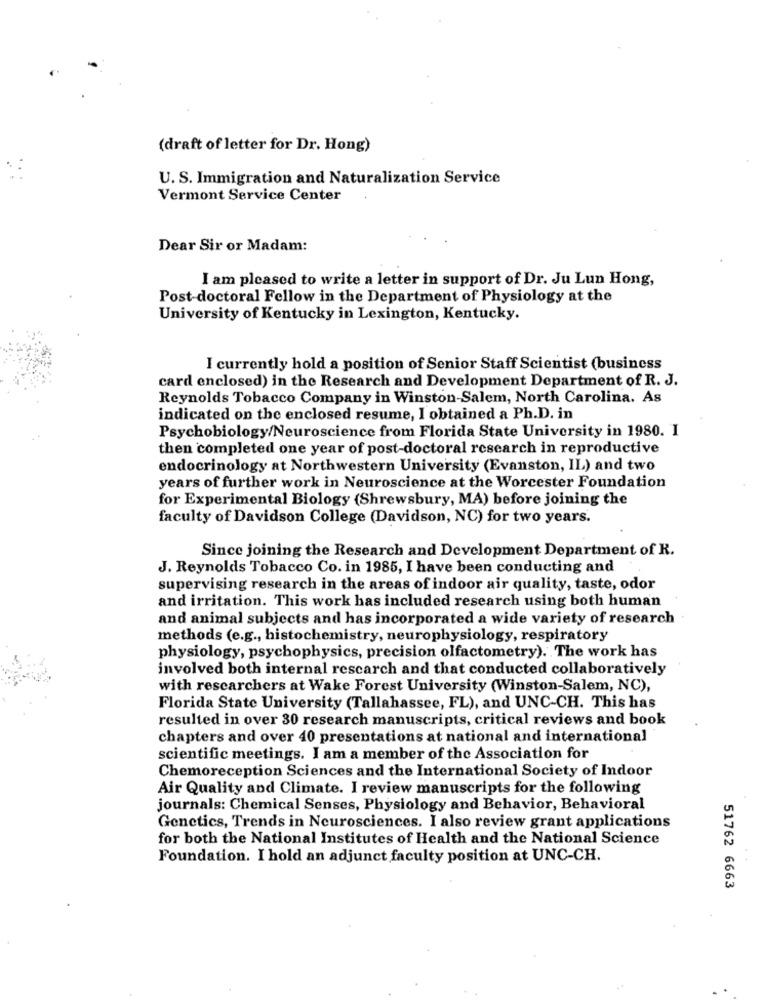
(draft of letter for Dr. Hong)
U. S. Immigration and Naturalization Service
Vermont Service Center
Dear Sir or Madam:
I am pleased to write a letter in support of Dr. Ju Lun Hong,
Post-doctoral Fellow in the Department of Physiology at the
University of Kentucky in Lexington, Kentucky.
I currently hold a position of Senior Staff Scientist (business
card enclosed) in the Research and Development Department of R. J.
Reynolds Tobacco Company in Winston-Salem, North Carolina. As
indicated on the enclosed resume, I obtained a Ph.D. in
Psychobiology/Neuroscience from Florida State University in 1980. I
then completed one year of post-doctoral research in reproductive
endocrinology at Northwestern University (Evanston, IL) and two
years of further work in Neuroscience at the Worcester Foundation
for Experimental Biology (Shrewsbury, MA) before joining the
faculty of Davidson College (Davidson, NC) for two years.
Since joining the Research and Development Department of R.
J. Reynolds Tobacco Co. in 1985, I have been conducting and
supervising research in the areas of indoor air quality, taste, odor
and irritation. This work has included research using both human
and animal subjects and has incorporated a wide variety of research
methods (e.g ., histochemistry, neurophysiology, respiratory
physiology, psychophysics, precision olfactometry). The work has
involved both internal research and that conducted collaboratively
with researchers at Wake Forest University (Winston-Salem, NC),
Florida State University (Tallahassee, FL), and UNC-CH. This has
resulted in over 30 research manuscripts, critical reviews and book
chapters and over 40 presentations at national and international
scientific meetings. I am a member of the Association for
Chemoreception Sciences and the International Society of Indoor
Air Quality and Climate. I review manuscripts for the following
journals: Chemical Senses, Physiology and Behavior, Behavioral
Genetics, Trends in Neurosciences. I also review grant applications
for both the National Institutes of Health and the National Science
Foundation. I hold an adjunct faculty position at UNC-CH.
51762 6663